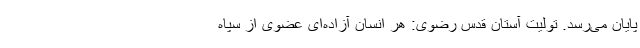
پایان می‌رسد. تولیت آستان قدس رضوی: هر انسان آزاده‌ای عضوی از سپاه